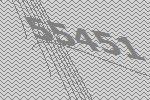
55451